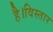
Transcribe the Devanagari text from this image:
है।विस्तार